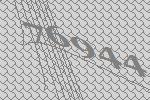
76944